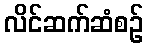
လိင်ဆက်ဆံစဉ်